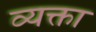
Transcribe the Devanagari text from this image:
व्यक्ता